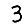
Digit: 3